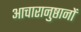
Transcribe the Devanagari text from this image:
आचारानुष्ठानों